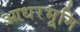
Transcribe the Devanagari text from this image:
आधरभूमि